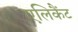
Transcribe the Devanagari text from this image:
एलिकैंट